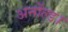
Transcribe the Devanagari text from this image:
अर्नोल्ड।